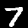
Label: 7